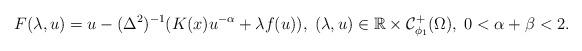
LaTeX: \begin{align*}F(\lambda ,u)=u- (\Delta^2 )^{-1}(K(x)u^{-\alpha }+\lambda f(u)),\; (\lambda ,u)\in \mathbb{R} \times {\mathcal C}_{\phi_1 }^+(\Omega ), \;0<\alpha+\beta<2. \end{align*}